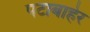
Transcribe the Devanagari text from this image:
पटाबाहेर